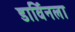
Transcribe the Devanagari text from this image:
डार्विनला